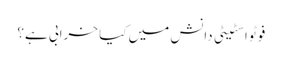
فوٹو اسٹیٹی دانش میں کیا خرابی ہے؟